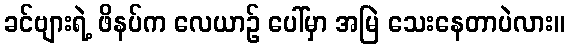
ခင်ဗျားရဲ့ ဖိနပ်က လေယာဉ် ပေါ်မှာ အမြဲ သေးနေတာပဲလား။